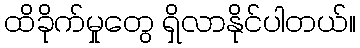
ထိခိုက်မှုတွေ ရှိလာနိုင်ပါတယ်။